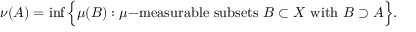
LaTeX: \nu ( A ) = \operatorname* { i n f } { \Big \{ } \mu ( B ) : \mu { \mathrm { - m e a s u r a b l e ~ s u b s e t s ~ } } B \subset X { \mathrm { ~ w i t h ~ } } B \supset A { \Big \} } .